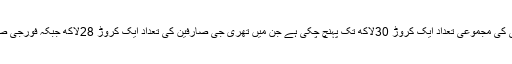
موبائل براڈ بینڈ صارفین بشمول تھری جی اور فورجی کی مجموعی تعداد ایک کروڑ 30لاکھ تک پہنچ چکی ہے جن میں تھری جی صارفین کی تعداد ایک کروڑ 28لاکھ جبکہ فورجی صارفین کی تعداد ایک لاکھ 40ہزار تک پہنچ گئی ہے۔